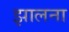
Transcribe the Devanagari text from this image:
झालना